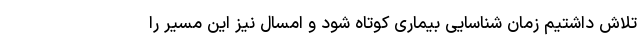
تلاش داشتیم زمان شناسایی بیماری کوتاه شود و امسال نیز این مسیر را